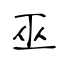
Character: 巫